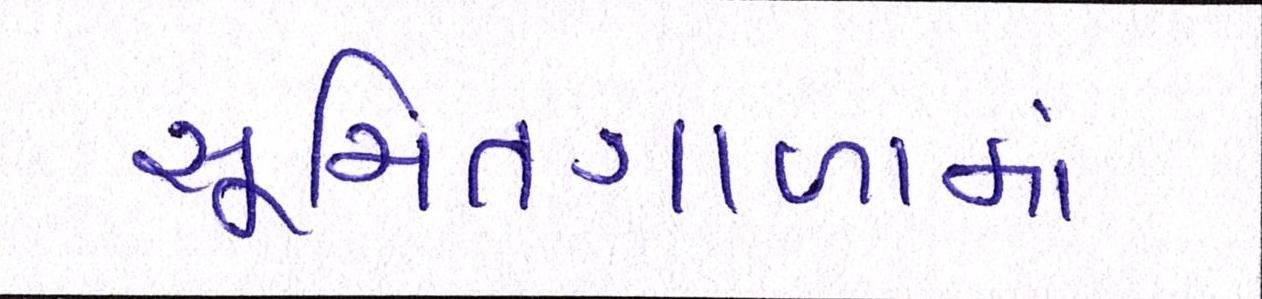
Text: સૂચિતગાળામાં